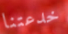
خدعتنا